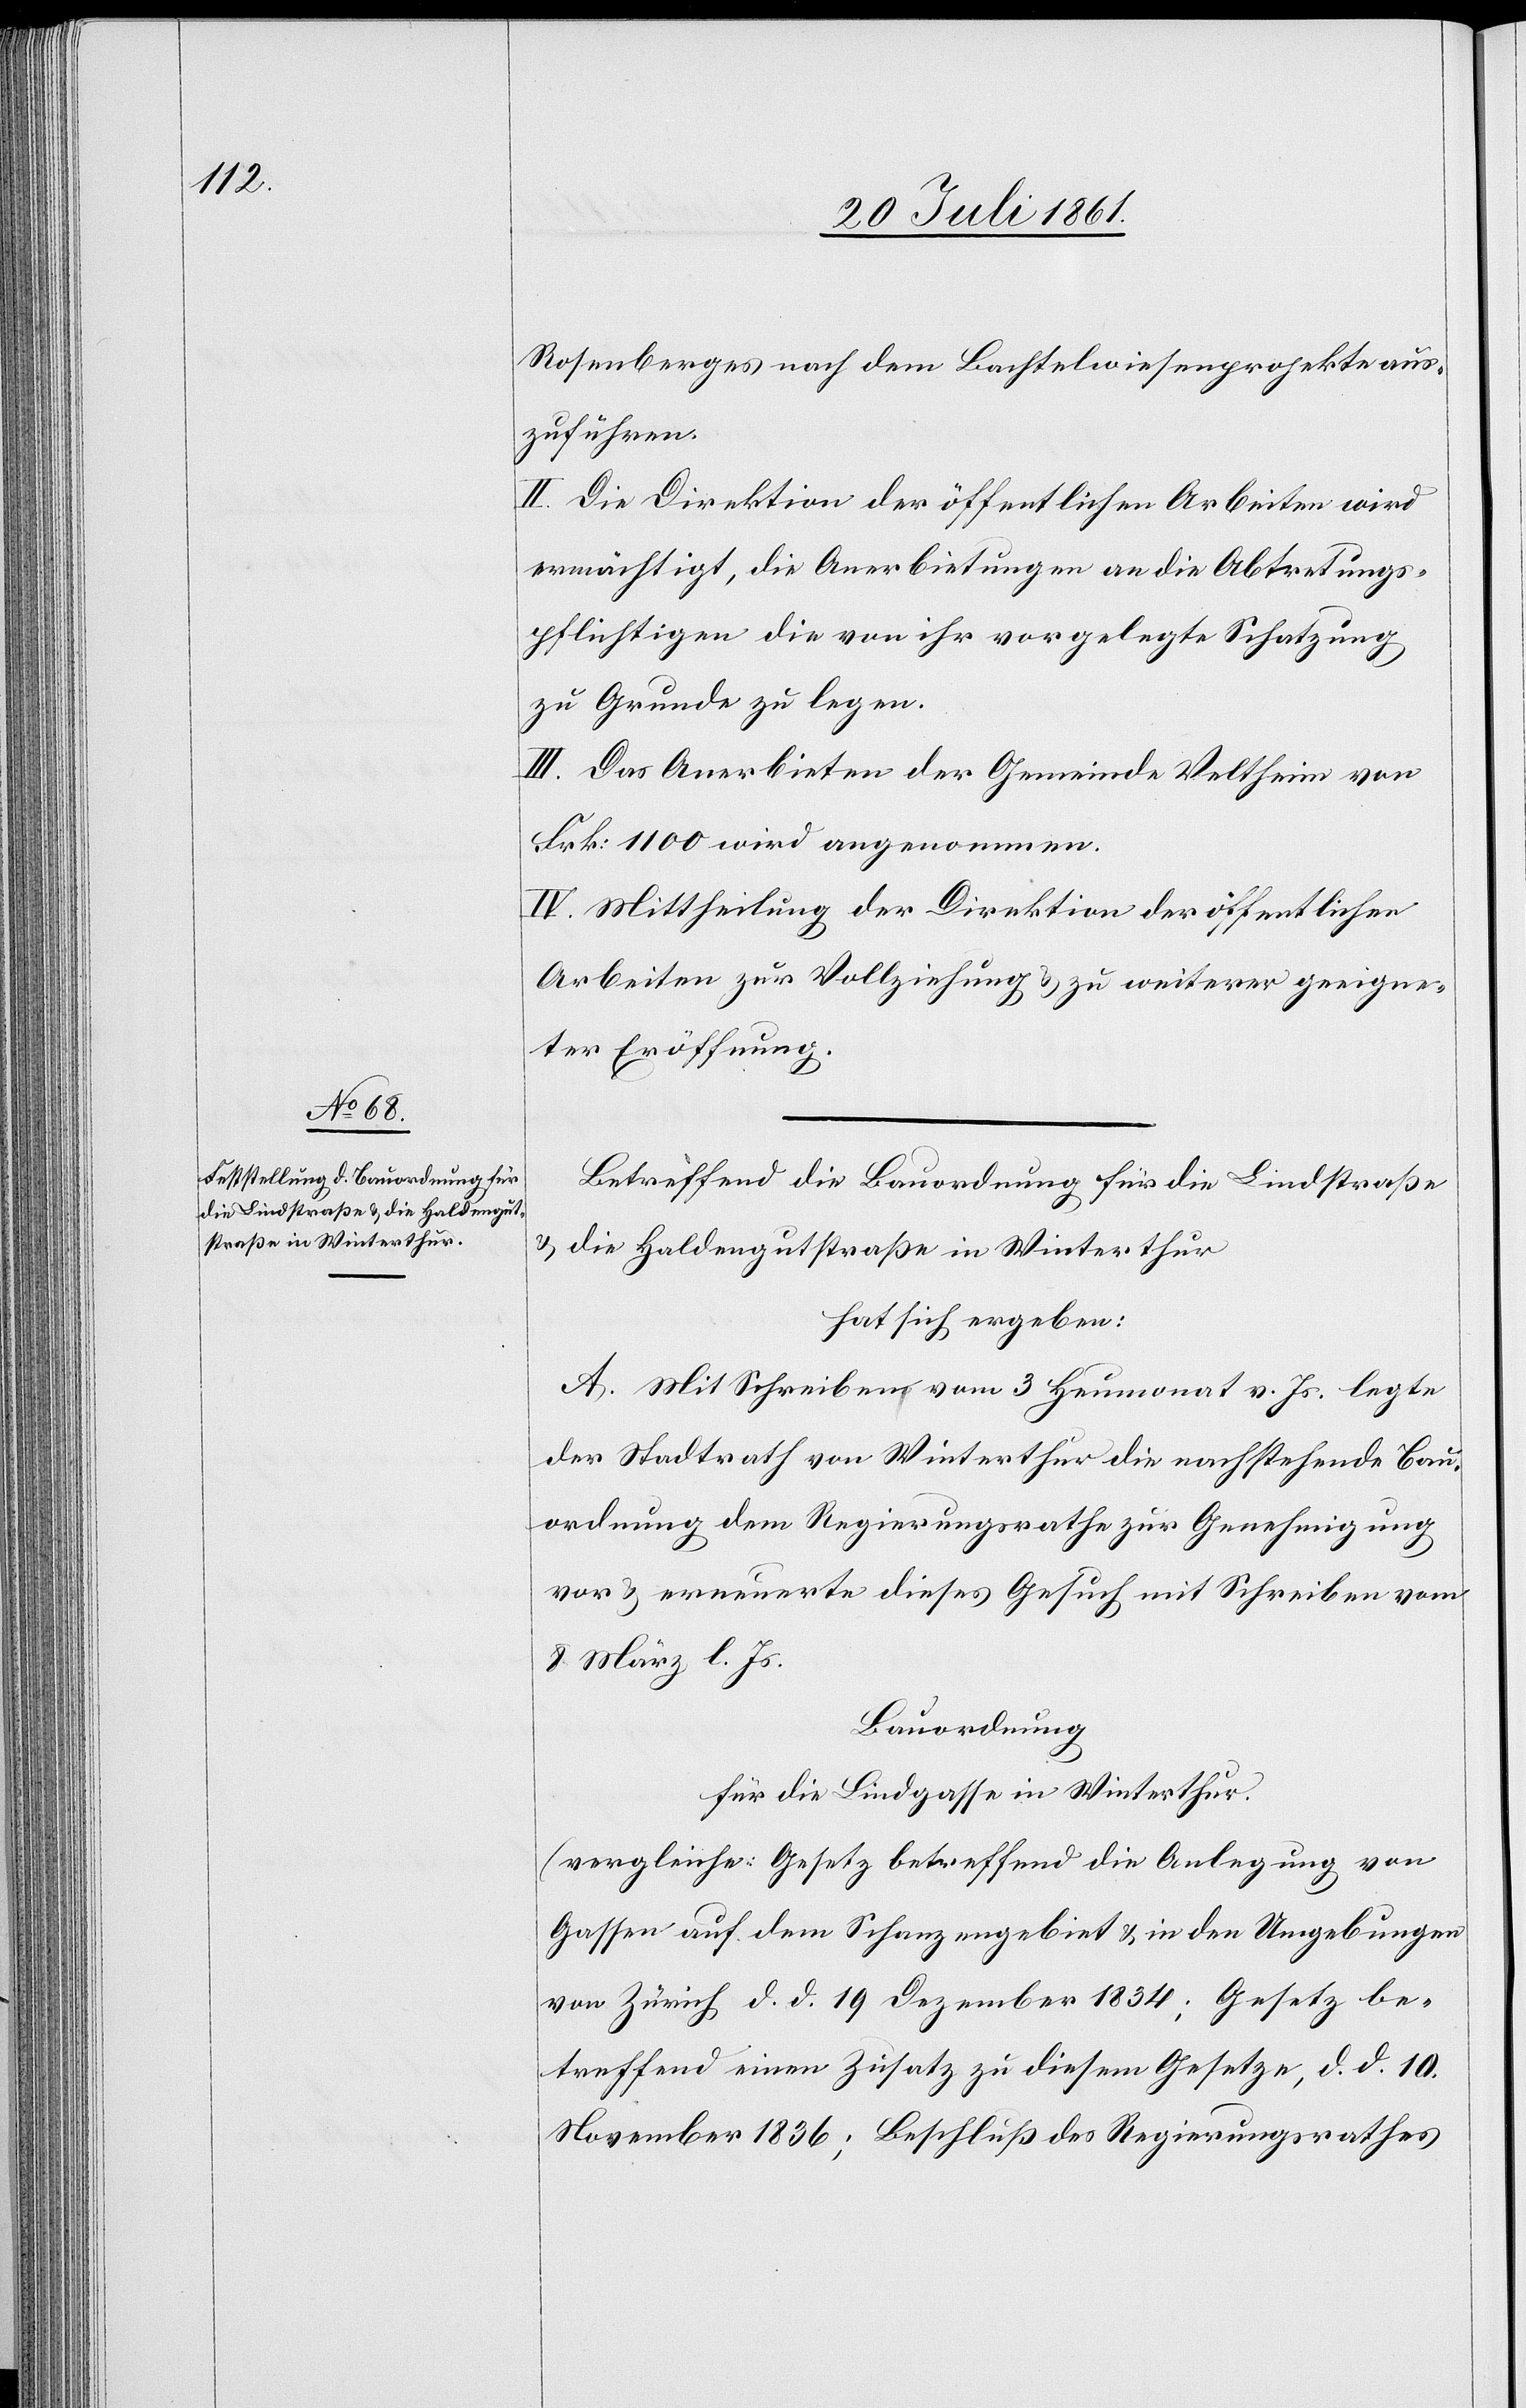
Rosenberges nach dem Bachtelwiesenprojekte aus¬
zuführen.
II. Die Direktion der öffentlichen Arbeiten wird
ermächtigt, die Anerbietung an die Abtretungs¬
pflichtigen die von ihr vorgelegte Schatzung
zu Grunde zu legen.
III. Das Anerbieten der Gemeinde Veltheim von
Frk. 1100 wird angenommen.
IV. Mittheilung der Direktion der öffentlichen
Arbeiten zur Vollziehung u. zu weiterer geeigne¬
ter Eröffnung.
Betreffend die Bauordnung für die Lindstraße
u. die Haldengutstraße in Winterthur
hat sich ergeben:
A. Mit Schreiben vom 3 Heumonat v. Js. legte
der Stadtrath von Winterthur die nachstehende Bau¬
ordnung dem Regierungsrathe zur Genehmigung
vor u. erneuerte dieses Gesuch mit Schreiben vom
8 März l. Js.
Bauordnung
für die Lindgasse in Winterthur.
(vergleiche Gesetz betreffend die Anlegung von
Gassen auf dem Schanzengebiet u. in den Umgebungen
von Zürich d. d. 19 Dezember 1834; Gesetz be¬
treffend einen Zusatz zu diesem Gesetze, d. d. 10
November 1836; Beschluß des Regierungsrathes